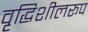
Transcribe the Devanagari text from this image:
वृद्धिशीलरूप